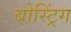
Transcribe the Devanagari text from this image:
बोस्ट्रिंग